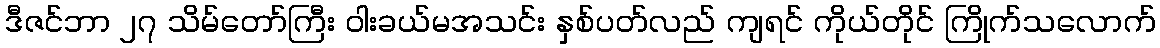
ဒီဇင်ဘာ ၂၇ သိမ်တော်ကြီး ဝါးခယ်မအသင်း နှစ်ပတ်လည် ကျရင် ကိုယ်တိုင် ကြိုက်သလောက်